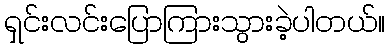
ရှင်းလင်းပြောကြားသွားခဲ့ပါတယ်။